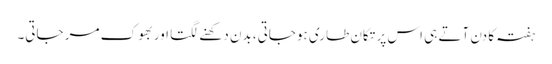
ہفتہ کا دن آتے ہی اس پر تکان طاری ہوجاتی، بدن دکھنے لگتا اور بھوک مر جاتی۔